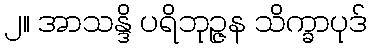
၂။ အာသန္ဒိ ပရိဘုဉ္ဇန သိက္ခာပုဒ်